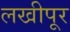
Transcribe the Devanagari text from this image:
लखीपूर